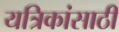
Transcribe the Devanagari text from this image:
यत्रिकांसाठी